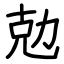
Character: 勊